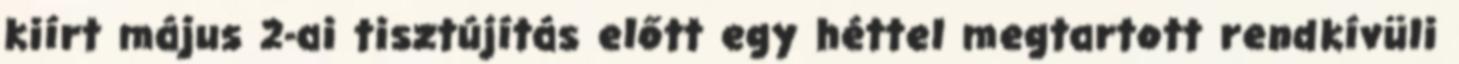
kiírt május 2-ai tisztújítás előtt egy héttel megtartott rendkívüli